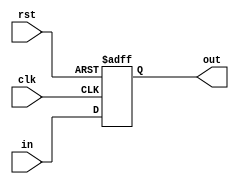
`timescale 1ns/1ns
module PC (clk,rst,in,out);
    input clk,rst;
    input [31:0]in;
    output reg [31:0]out;

    always @(posedge clk, posedge rst) begin
        if(rst==1'b1)begin
            out=32'd0;
        end
        else begin
             out=in;
        end
    end
endmodule